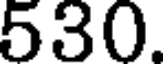
530.